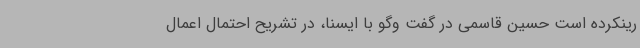
رینکرده است حسین قاسمی در گفت وگو با ایسنا، در تشریح احتمال اعمال